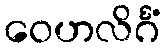
ဝေဟလိင်္ဂံ